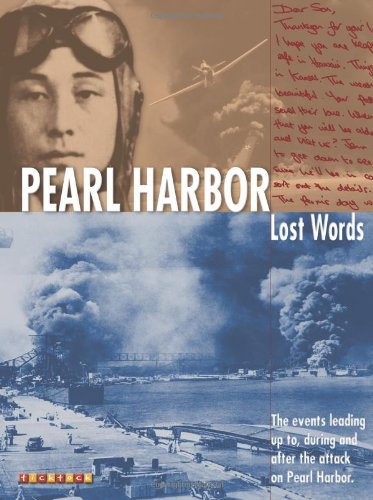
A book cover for Pearl Harbor (Lost Words); Jacqueline Gorman; Children's Books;